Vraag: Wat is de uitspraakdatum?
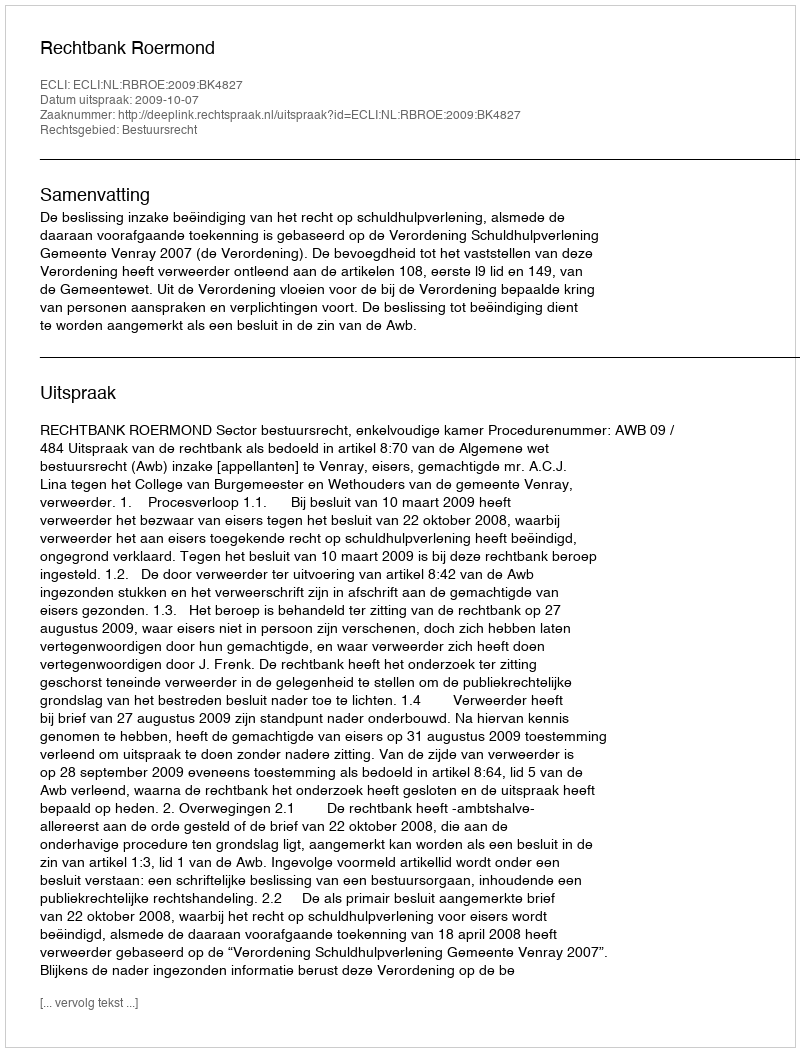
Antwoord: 2009-10-07